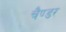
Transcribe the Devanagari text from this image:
चैण्डर